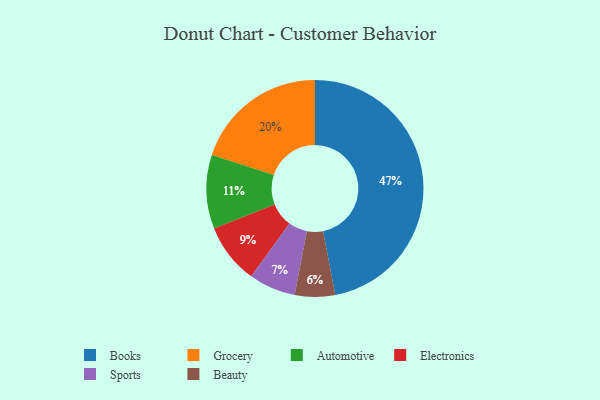
{"axis": {"x": "Category", "y": "Percentage"}, "legend": ["Automotive", "Beauty", "Books", "Electronics", "Grocery", "Sports"], "data": [{"x": "Beauty", "y": 6, "type": "Beauty"}, {"x": "Automotive", "y": 11, "type": "Automotive"}, {"x": "Sports", "y": 7, "type": "Sports"}, {"x": "Grocery", "y": 20, "type": "Grocery"}, {"x": "Electronics", "y": 9, "type": "Electronics"}, {"x": "Books", "y": 47, "type": "Books"}]}